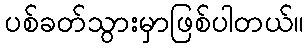
ပစ်ခတ်သွားမှာဖြစ်ပါတယ်။